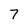
Character: 7